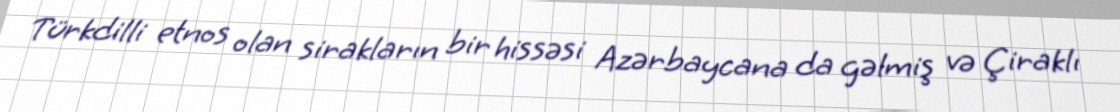
Türkdilli etnos olan sirakların bir hissəsi Azərbaycana da gəlmiş və Çiraklı